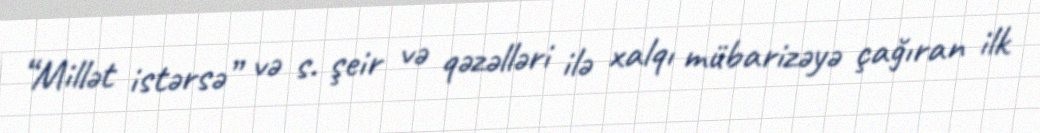
“Millət istərsə” və s. şeir və qəzəlləri ilə xalqı mübarizəyə çağıran ilk